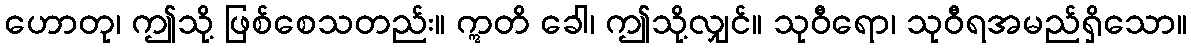
ဟောတု၊ ဤသို့ ဖြစ်စေသတည်း။ ဣတိ ခေါ၊ ဤသို့လျှင်။ သုဝီရော၊ သုဝီရအမည်ရှိသော။